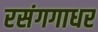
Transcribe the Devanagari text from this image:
रसंगगाधर